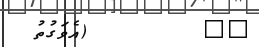
٩١        (އެވަގުތު